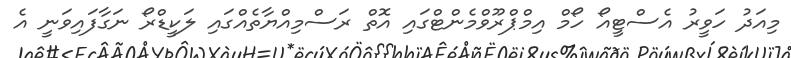
މިއަދު ހަވީރު އެސްޓީއޯ ހޯމް އިމްޕްރޫވްމެންޓްގައި އޮތް ރަސްމިއްޔާތެއްގައި ލަކީޑްރޯ ނަގާފައިވަނީ އެ